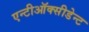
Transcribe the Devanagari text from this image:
एन्टीऑक्सीडेन्ट